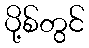
ပို့စ်တွင်